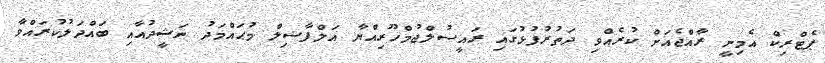
ޕެޓްރިކް އެމިނީ ރާއްޖެއަށް ކުރެއްވި ދަތުރުފުޅުގައި ރައީސުލްޖުމްހޫރިއްޔާ އަލްފާޟިލް މުޙައްމަދު ނަޝީދުއާއި ބައްދަލުކުރައްވާ